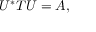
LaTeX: U ^ { * } T U = A ,